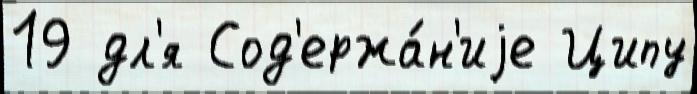
19 дл'я Сод'ержа́н'иjе Ципу